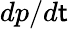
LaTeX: dp/d\mathsf{t}